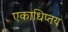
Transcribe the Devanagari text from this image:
एकाधिप्तय